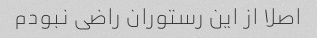
اصلا از این رستوران راضی نبودم